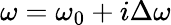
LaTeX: \omega=\omega_{0}+i\Delta\omega